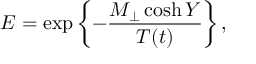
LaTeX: E = \exp \left\{ - \frac { M _ { \perp } \cosh Y } { T ( t ) } \right\} ,